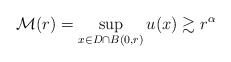
\begin{align*}\mathcal{M}(r) = \sup_{x\in D\cap B(0,r)}u(x) \gtrsim r^{\alpha}\end{align*}